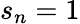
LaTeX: s_{n}=1